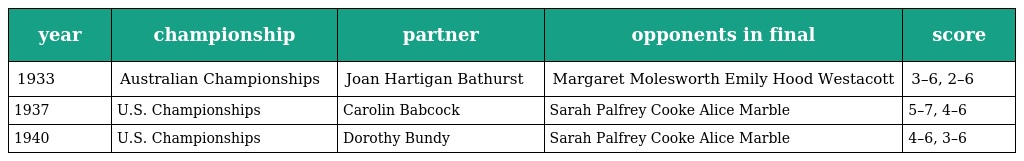
| year | championship | partner | opponents in final | score |
 | --- | --- | --- | --- | --- |
 | 1933 | Australian Championships | Joan Hartigan Bathurst | Margaret Molesworth Emily Hood Westacott | 3–6, 2–6 |
 | 1937 | U.S. Championships | Carolin Babcock | Sarah Palfrey Cooke Alice Marble | 5–7, 4–6 |
 | 1940 | U.S. Championships | Dorothy Bundy | Sarah Palfrey Cooke Alice Marble | 4–6, 3–6 |